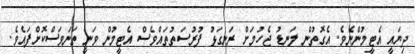
ދިޔައީ އެޓީމުންނެވެ. އެގޮތުން ލަނޑު ޖެހުމަށް ރަނގަޅު ފުރުސަތުތައްވެސް އެޓީމުން ވަނީ ތަނަވަސްކޮށްފައެވެ.